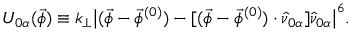
U _ { 0 \alpha } ( \vec { \phi } ) \equiv k _ { \perp } \big | ( \vec { \phi } - \vec { \phi } ^ { ( 0 ) } ) - [ ( \vec { \phi } - \vec { \phi } ^ { ( 0 ) } ) \cdot \hat { \nu } _ { 0 \alpha } ] \hat { \nu } _ { 0 \alpha } \big | ^ { 6 } .